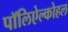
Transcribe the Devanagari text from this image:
पॉलिऐल्कोहल